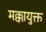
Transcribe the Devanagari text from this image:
मक्कायुक्त